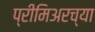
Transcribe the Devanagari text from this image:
प्रीमिअरच्या